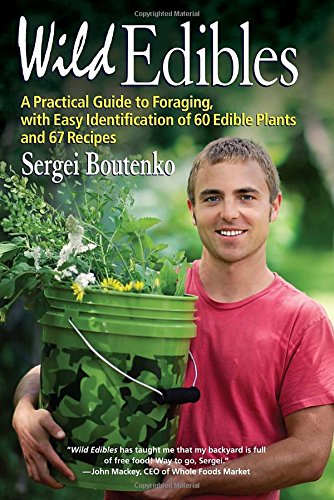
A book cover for Wild Edibles: A Practical Guide to Foraging, with Easy Identification of 60 Edible Plants and 67 Recipes; Sergei Boutenko; Cookbooks, Food & Wine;